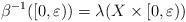
LaTeX: \begin{align*}\beta^{-1}([0,\varepsilon))=\lambda(X\times [0,\varepsilon))\end{align*}